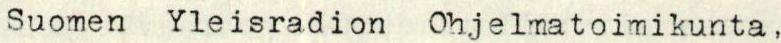
Suomen Yleisradion Ohjelmatoimikunta,